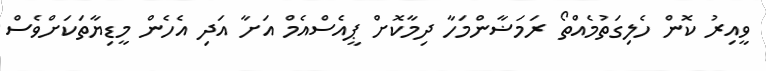
ވީއިރު ކޮން ހެލިގަތުމެއްތޯ ރަމަޟާންމަހާ ދިމާކޮށް ޕީއެސްއެމް އަށާ އަދި އެހެން މީޑިޔާތަކަށްވެސް